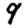
Digit: 9